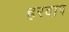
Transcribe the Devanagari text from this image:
हरदाप